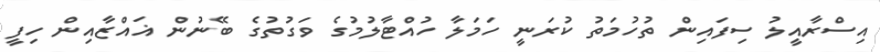
އިސްރާއީލު ސިފައިން ތުހުމަތު ކުރަނީ ހަމަލާ ހުއްޓާލުމުގެ ވަގުތުގެ ބޭނުން ޣައްޒާއިން ހިފީ